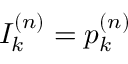
I _ { k } ^ { ( n ) } = p _ { k } ^ { ( n ) }